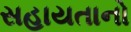
સહાયતાનો